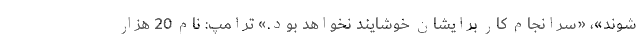
شوند»، «سرانجام کار برایشان خوشایند نخواهد بود.» ترامپ: نام 20 هزار